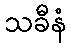
သခီနံ